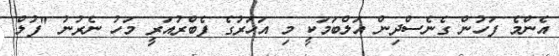
އެންމެ ފަހުން ގެނެސްދިން އަލްބަމަކީ މި އަހަރުގެ ފެބްރުއަރީ މަހު ނެރުނު "ފުލް